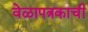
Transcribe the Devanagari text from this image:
वेळापत्रकाची